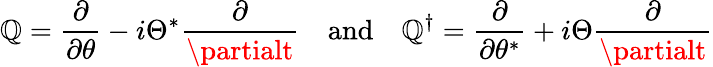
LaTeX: \mathbb{Q}={\frac{{\partial}}{{\partial\theta}}}-i\Theta^{*}{\frac{{\partial}}{{\partialt}}}\quad{\mathrm{{and}}}\quad\mathbb{Q}^{\dagger}={\frac{{\partial}}{{\partial\theta^{*}}}}+i\Theta{\frac{{\partial}}{{\partialt}}}